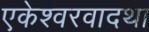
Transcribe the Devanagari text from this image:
एकेश्वरवादथा